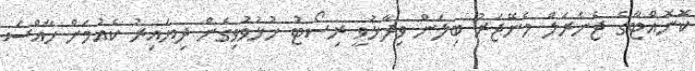
ކޮނޮއްޓާގެ ޖެނެރަލް މެނޭޖަރު ބިލަން ވިދާޅުވީ ރިސޯޓު ހުޅުވުވިގެން ދިޔައިރު ކެއުމަށް ހާއްސަ